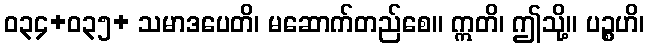
ဝ၃၄+၀၃၅+ သမာဒပေတိ၊ မဆောက်တည်စေ။ ဣတိ၊ ဤသို့။ ပဉ္စဟိ၊